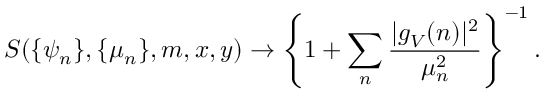
S ( \{ \psi _ { n } \} , \{ \mu _ { n } \} , m , x , y ) \rightarrow \left\{ 1 + \sum _ { n } \frac { | g _ { V } ( n ) | ^ { 2 } } { \mu _ { n } ^ { 2 } } \right\} ^ { - 1 } .